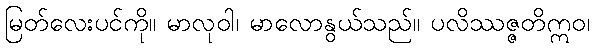
မြတ်လေးပင်ကို။ မာလုဝါ၊ မာလောနွယ်သည်။ ပလိဿဇ္ဇတိဣဝ၊